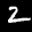
Label: 2